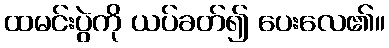
ထမင်းပွဲကို ယပ်ခတ်၍ ပေးလေ၏။